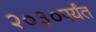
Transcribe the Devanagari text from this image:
२०३०पर्यंत